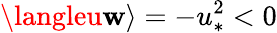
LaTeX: \langleu\mathbf{w}\rangle=-u_{\ast}^{2}<0